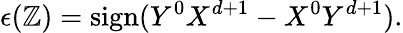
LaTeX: \epsilon(\mathbb{Z})=\mathrm{{sign}}(Y^{0}X^{d+1}-X^{0}Y^{d+1}).